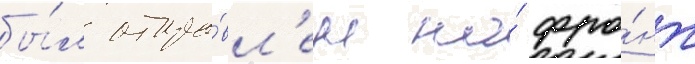
бы́л отпра́вл'ен на́ фро́нт